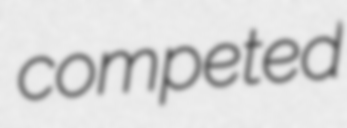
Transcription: competed